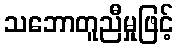
သဘောတူညီမှုဖြင့်